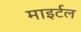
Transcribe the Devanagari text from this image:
माइर्टल